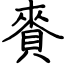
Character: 賚